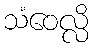
သံဝေလ္လိ